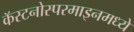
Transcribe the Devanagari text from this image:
कॅस्टनोस्परमाइनमध्ये